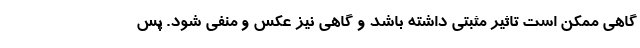
گاهی ممکن است تاثیر مثبتی داشته باشد و گاهی نیز عکس و منفی شود. پس